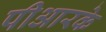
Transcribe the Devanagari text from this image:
पीआरके